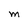
Character: M